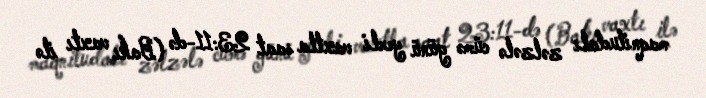
maqnitudalı zəlzələ cümə günü yerli vaxtla saat 23:11-də (Bakı vaxtı ilə